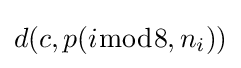
d(c,p(i{\bmod {8}},n_{i}))